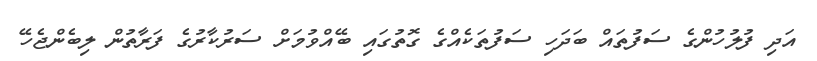
އަދި ފުލުހުންގެ ސަފުތައް ބަދަހި ސަފުތަކެއްގެ ގޮތުގައި ބޭއްވުމަށް ސަރުކާރުގެ ފަރާތުން ލިބެންޖެހޭ